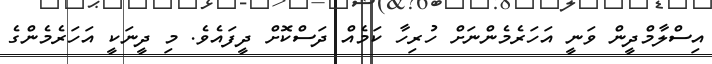
އިސްލާމްދީން ވަނީ އަހަރެމެންނަށް ހުރިހާ ކަމެއް ދަސްކޮށް ދީފައެވެ. މި ދީނަކީ އަހަރެމެންގެ